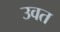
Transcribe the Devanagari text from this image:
उवत